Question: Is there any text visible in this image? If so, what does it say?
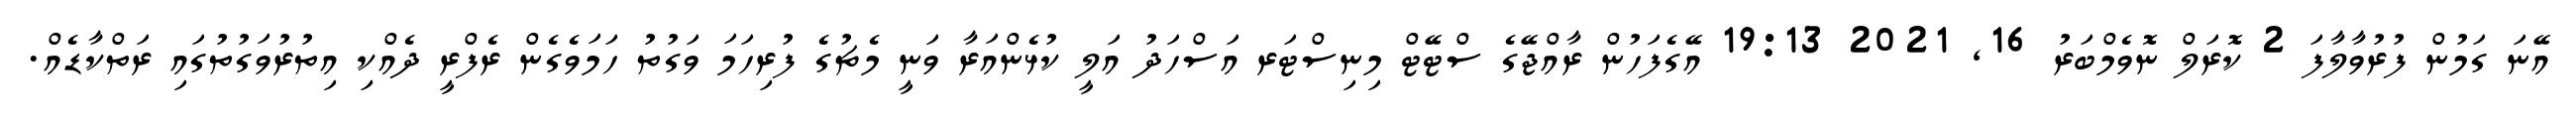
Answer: އޭނަ ގަމުން ފުރުވާލާފަ 2 ކޮރަލް ނޮވެމްބަރު 16, 2021 19:13 އޭގެފަހުން ރާއްޖޭގެ ސްޓޭޓް މިނިސްޓަރ އަސްހަދު އަލީ ކުޅެންއަރާ ވަނީ މެޗުގެ ފުރިހަމަ ވަގުތު ހަމަވެގެން ރެފްރީ ދެއްކި އިތުރުވަގުތުގައި ރަތްކާޑެއް.